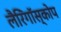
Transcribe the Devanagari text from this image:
लैरिंगॉस्कोप